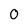
Character: O